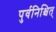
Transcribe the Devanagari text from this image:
पुर्वनिश्चित्